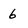
Character: 6